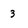
Character: 3